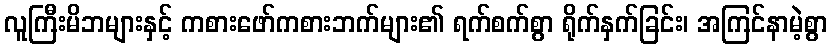
လူကြီးမိဘများနှင့် ကစားဖော်ကစားဘက်များ၏ ရက်စက်စွာ ရိုက်နှက်ခြင်း၊ အကြင်နာမဲ့စွာ